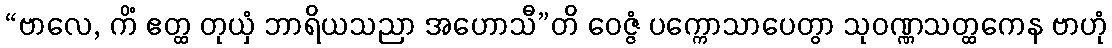
“ဗာလေ, ကိံ ဧတ္ထ တုယှံ ဘာရိယသညာ အဟောသီ”တိ ဝေဇ္ဇံ ပက္ကောသာပေတွာ သုဝဏ္ဏသတ္ထကေန ဗာဟုံ